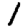
Digit: 1